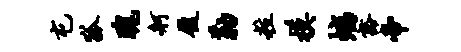
屯狐瑰舸履勒粒模螭豁帝